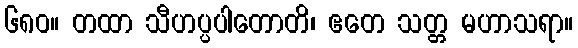
၆၈၀။ တထာ သီဟပ္ပပါတောတိ၊ ဧတေ သတ္တ မဟာသရာ။